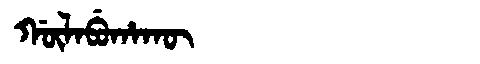
Manchu: ᡤᡡᠯᠠᠪᡠᡥᠠᡴᡡ
Romanization: GŪLABUHAKŪ